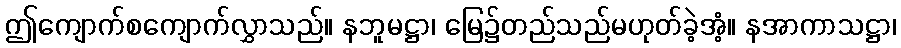
ဤကျောက်စကျောက်လွှာသည်။ နဘူမဋ္ဌာ၊ မြေ၌တည်သည်မဟုတ်ခဲ့အံ့။ နအာကာသဋ္ဌာ၊